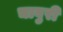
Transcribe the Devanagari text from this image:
चावुरी